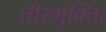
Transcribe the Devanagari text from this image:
तीरभुक्‍तिः